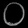
Digit: ၀